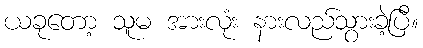
ယခုတော့ သူမ အားလုံး နားလည်သွားခဲ့ပြီ။